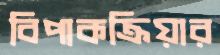
বিপাকক্রিয়ার